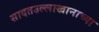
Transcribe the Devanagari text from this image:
सादतउल्लाखानाच्या